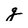
Character: g